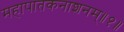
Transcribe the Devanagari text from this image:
महापातकनाशनम्‌॥१॥